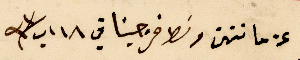
عن ماننتن وسَط فرجينا في ١٨ اب سنة ٩٣